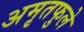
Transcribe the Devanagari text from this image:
अमृतफुले